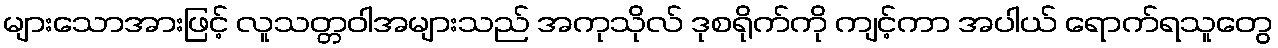
များသောအားဖြင့် လူသတ္တဝါအများသည် အကုသိုလ် ဒုစရိုက်ကို ကျင့်ကာ အပါယ် ရောက်ရသူတွေ